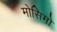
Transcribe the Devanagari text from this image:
मोसिमो